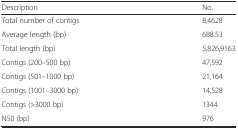
<table><thead><tr><td><b>Description</b></td><td><b>No.</b></td></tr></thead><tbody><tr><td>Total number of contigs</td><td>8,4628</td></tr><tr><td>Average length (bp)</td><td>688.53</td></tr><tr><td>Total length (bp)</td><td>5,826,9163</td></tr><tr><td>Contigs (200–500 bp)</td><td>47,592</td></tr><tr><td>Contigs (501–1000 bp)</td><td>21,164</td></tr><tr><td>Contigs (1001–3000 bp)</td><td>14,528</td></tr><tr><td>Contigs (&gt;3000 bp)</td><td>1344</td></tr><tr><td>N50 (bp)</td><td>976</td></tr></tbody></table>